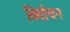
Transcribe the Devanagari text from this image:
विर्वाचन